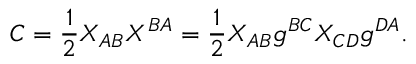
C = { \frac { 1 } { 2 } } X _ { A B } X ^ { B A } = { \frac { 1 } { 2 } } X _ { A B } g ^ { B C } X _ { C D } g ^ { D A } .